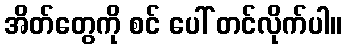
အိတ်တွေကို စင် ပေါ် တင်လိုက်ပါ။